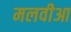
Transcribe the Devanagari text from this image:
मलवीआ